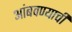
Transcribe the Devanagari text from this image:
आंबवण्याची